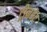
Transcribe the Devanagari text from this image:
ट्रीनडेंट